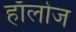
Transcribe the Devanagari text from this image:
हाॅलोज